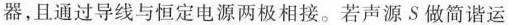
器，且通过导线与恒定电源两极相接。若声源S做简谐运